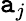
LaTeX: \mathtt{a}_{j}